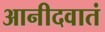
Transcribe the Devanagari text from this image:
आनीदवातं